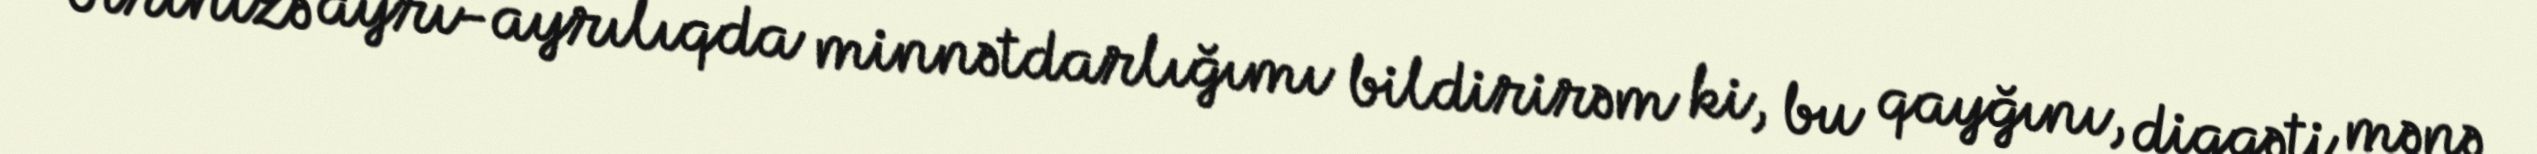
birinizə ayrı-ayrılıqda minnətdarlığımı bildirirəm ki, bu qayğını, diqqəti mənə